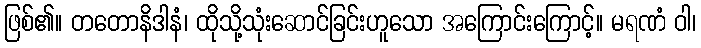
ဖြစ်၏။ တတောနိဒါနံ၊ ထိုသို့သုံးဆောင်ခြင်းဟူသော အကြောင်းကြောင့်။ မရဏံ ဝါ၊